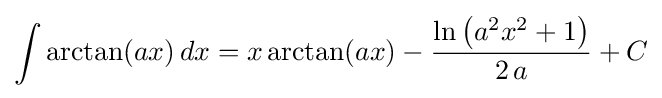
\int \arctan(ax)\,dx=x\arctan(ax)-{\frac {\ln \left(a^{2}x^{2}+1\right)}{2\,a}}+C